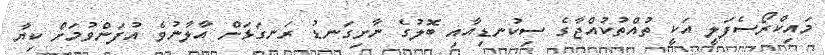
މައިކްރޯސެފަލީ އަކީ ތުއްތުކުއްޖާގެ ސިކުނޑިއާއި ބޮލުގެ ނާށިގަނޑު ރަނގަޅަށް އާލާނުވެ އުފަންވުމަށް ކިޔާ